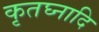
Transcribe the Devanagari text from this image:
कृतघ्नादि